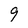
Character: 9